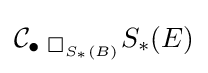
\mathbf {\mathcal {C}} _{\bullet {{\text{  }}\Box _{S_{\ast }(B)}}}S_{\ast }(E)